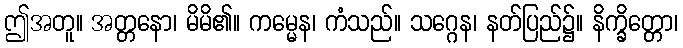
ဤအတူ။ အတ္တနော၊ မိမိ၏။ ကမ္မေန၊ ကံသည်။ သဂ္ဂေန၊ နတ်ပြည်၌။ နိက္ခိတ္တော၊